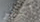
أكثر